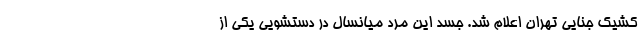
کشیک جنایی تهران اعلام شد. جسد این مرد میانسال در دستشویی یکی از